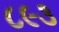
૮૯૩